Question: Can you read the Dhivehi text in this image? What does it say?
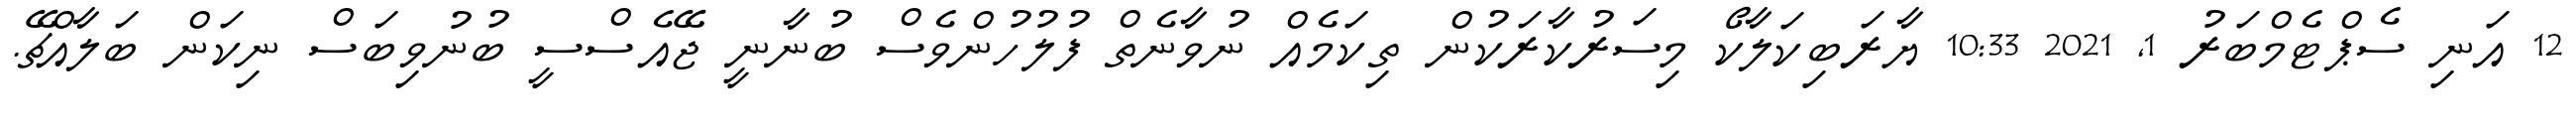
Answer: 12 އަނި ސެޕްޓެމްބަރު 1, 2021 10:33 ޔާރަބިކަލާކޯ މިސަރުކާރަކުން ތިކަމެއް ނުވާނެތް ފުލުހުންވެސް ބުނާނީ ޖޭއެސްސީ ބުނުވިބަސް ނިކަން ބަލާއްޗޭ.